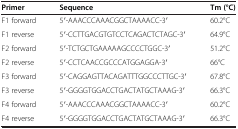
<table><thead><tr><td><b>Primer</b></td><td><b>Sequence</b></td><td><b>Tm (°C)</b></td></tr></thead><tbody><tr><td>F1 forward</td><td>5′-AAACCCAAACGGCTAAAACC-3′</td><td>60.2°C</td></tr><tr><td>F1 reverse</td><td>5′-CCTTGACGTGTCCTCAGACTCTAGC-3′</td><td>64.9°C</td></tr><tr><td>F2 forward</td><td>5′-TCTGCTGAAAAAGCCCCTGGC-3′</td><td>51.2°C</td></tr><tr><td>F2 reverse</td><td>5′-CCTCAACCGCCCATGGAGGA-3′</td><td>66°C</td></tr><tr><td>F3 forward</td><td>5′-CAGGAGTTACAGATTTGGCCCTTGC-3′</td><td>67.8°C</td></tr><tr><td>F3 reverse</td><td>5′-GGGGTGGACCTGACTATGCTAAAG-3′</td><td>66.3°C</td></tr><tr><td>F4 forward</td><td>5′-AAACCCAAACGGCTAAAACC-3′</td><td>60.2°C</td></tr><tr><td>F4 reverse</td><td>5′-GGGGTGGACCTGACTATGCTAAAG-3′</td><td>66.3°C</td></tr></tbody></table>